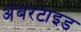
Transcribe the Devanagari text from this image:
अंबरटाइड